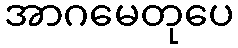
အာဂမေတုပေ